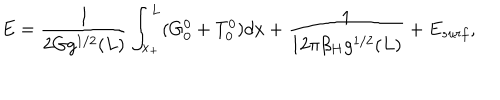
E = { \frac { 1 } { 2 G g ^ { 1 / 2 } ( L ) } } \int _ { x _ { + } } ^ { L } ( G _ { 0 } ^ { 0 } + T _ { 0 } ^ { 0 } ) d x + { \frac { 1 } { 1 2 \pi \beta _ { H } g ^ { 1 / 2 } ( L ) } } + E _ { s u r f } ,